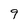
Character: 9